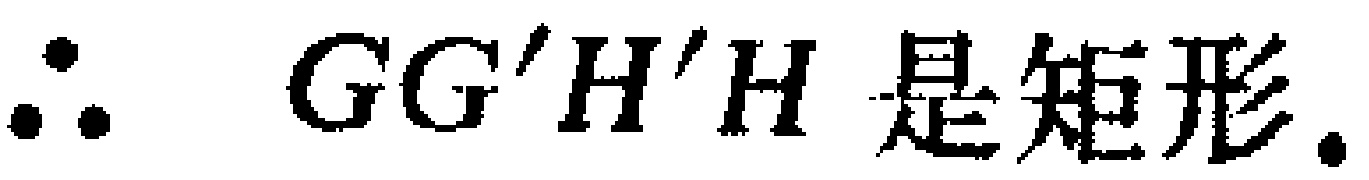
\(\therefore GG'H'H \text{ 是矩形.}\)